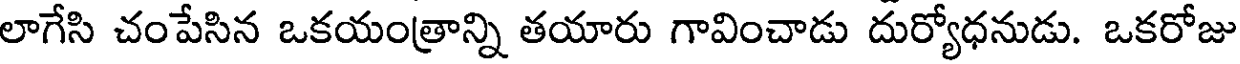
లాగేసి చంపేసిన ఒకయంత్రాన్ని తయారు గావించాడు దుర్యోధనుడు. ఒకరోజు